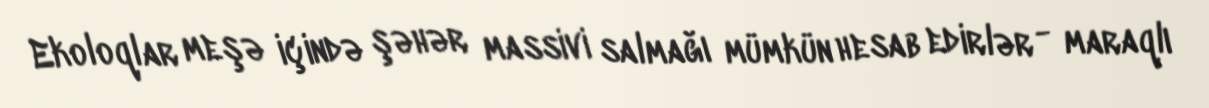
Ekoloqlar meşə içində şəhər massivi salmağı mümkün hesab edirlər - maraqlı